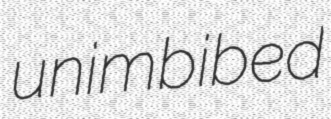
unimbibed